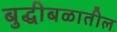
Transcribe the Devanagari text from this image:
बुद्धीबळातील